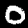
Label: 0